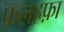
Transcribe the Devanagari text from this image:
फ़लहफ़ा